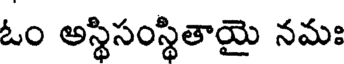
ఓం అస్థిసంస్థితాయై నమః